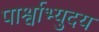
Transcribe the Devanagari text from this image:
पार्श्वाभ्युदय